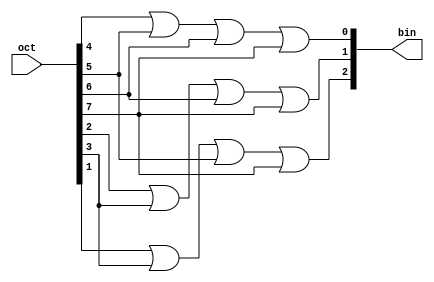
`timescale 1ns / 1ps
module oct2bin(
output [2:0]bin,input [7:0]oct);
//using assign
assign bin[0] = oct[4]|oct[5]|oct[6]|oct[7];
assign bin[1] = oct[2]|oct[3]|oct[6]|oct[7];
assign bin[2] = oct[1]|oct[3]|oct[5]|oct[7];

endmodule